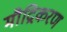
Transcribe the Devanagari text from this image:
मौद्रिकरण